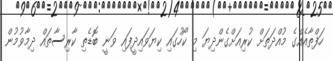
ހަފްތާއެއްގެ މުއްދަތަށް ކުރިއަށްގެންދިޔަ މި ކޯހުގައި ކިޔަވައިދީފައި ވަނީ ބޮޑެތި ކާރިސާތައް ދިމާވުމުން